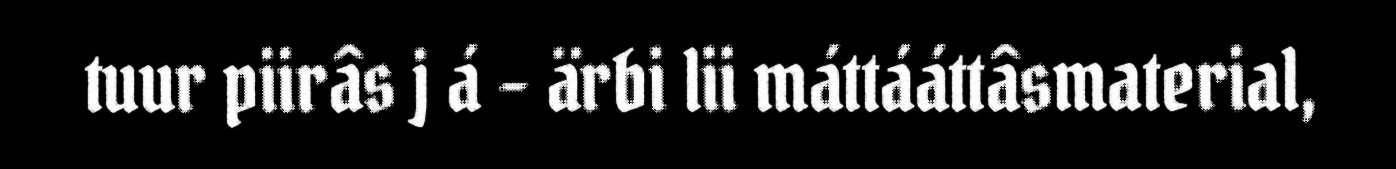
tuur piirâs j á – ärbi lii máttááttâsmaterial,